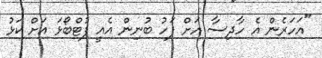
"އަހަރެން އެ ހާދިސާ އަށް ފަހު ބުނިން އެއީ ފުޓްބޯޅަ އަށް ކަޅު